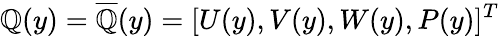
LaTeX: \boldsymbol{\mathbb{Q}}(y)=\overline{{{\boldsymbol{\mathcal{{\mathbb{Q}}}}}}}(y)=[U(y),V(y),W(y),P(y)]^{T}